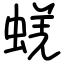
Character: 蜣